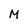
Character: M